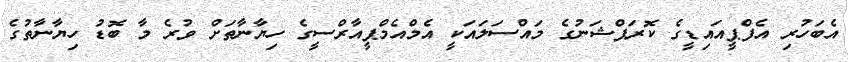
އެބަހުރި އެފްޕީއައިޑީގެ ކޮރަޕްޝަނުގެ މައްސަލައަކީ އެމްއެމްޕީއާރްސީގެ ހިޔާނާތަށް ވުރެ މާ ބޮޑު ހިޔާނާތުގެ